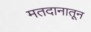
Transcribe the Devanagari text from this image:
मतदानातून